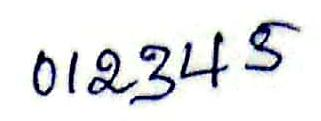
012345